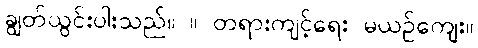
ချွတ်ယွင်းပါးသည်။ ။ တရားကျင့်ရေး မယဉ်ကျေး။